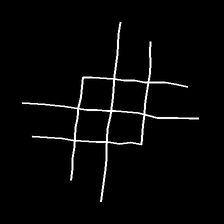
Glyph: crystal